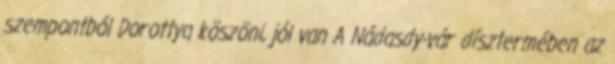
szempontból Dorottya köszöni, jól van A Nádasdy-vár dísztermében az